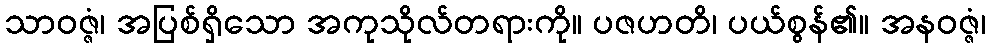
သာဝဇ္ဇံ၊ အပြစ်ရှိသော အကုသိုလ်တရားကို။ ပဇဟတိ၊ ပယ်စွန်၏။ အနဝဇ္ဇံ၊